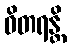
ဝိတရန္တိ